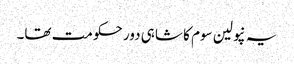
یہ نپولین سوم کا شاہی دور حکومت تھا۔